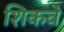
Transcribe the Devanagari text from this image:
शिकवे